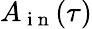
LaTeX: A_{\mathrm{~i~n~}}(\tau)